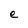
Character: e